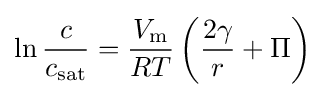
\ln {\frac {c}{c_{\rm {sat}}}}={\frac {V_{\text{m}}}{RT}}\left({\frac {2\gamma }{r}}+\Pi \right)